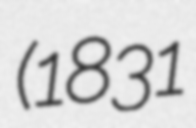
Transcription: (1831